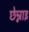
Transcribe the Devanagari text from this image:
छेन्नाइ